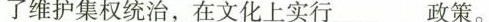
了维护集权统治，在文化上实行___政策。